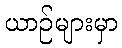
ယာဉ်များမှာ